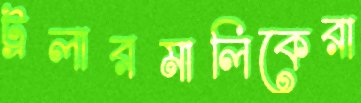
ট্রলারমালিকেরা